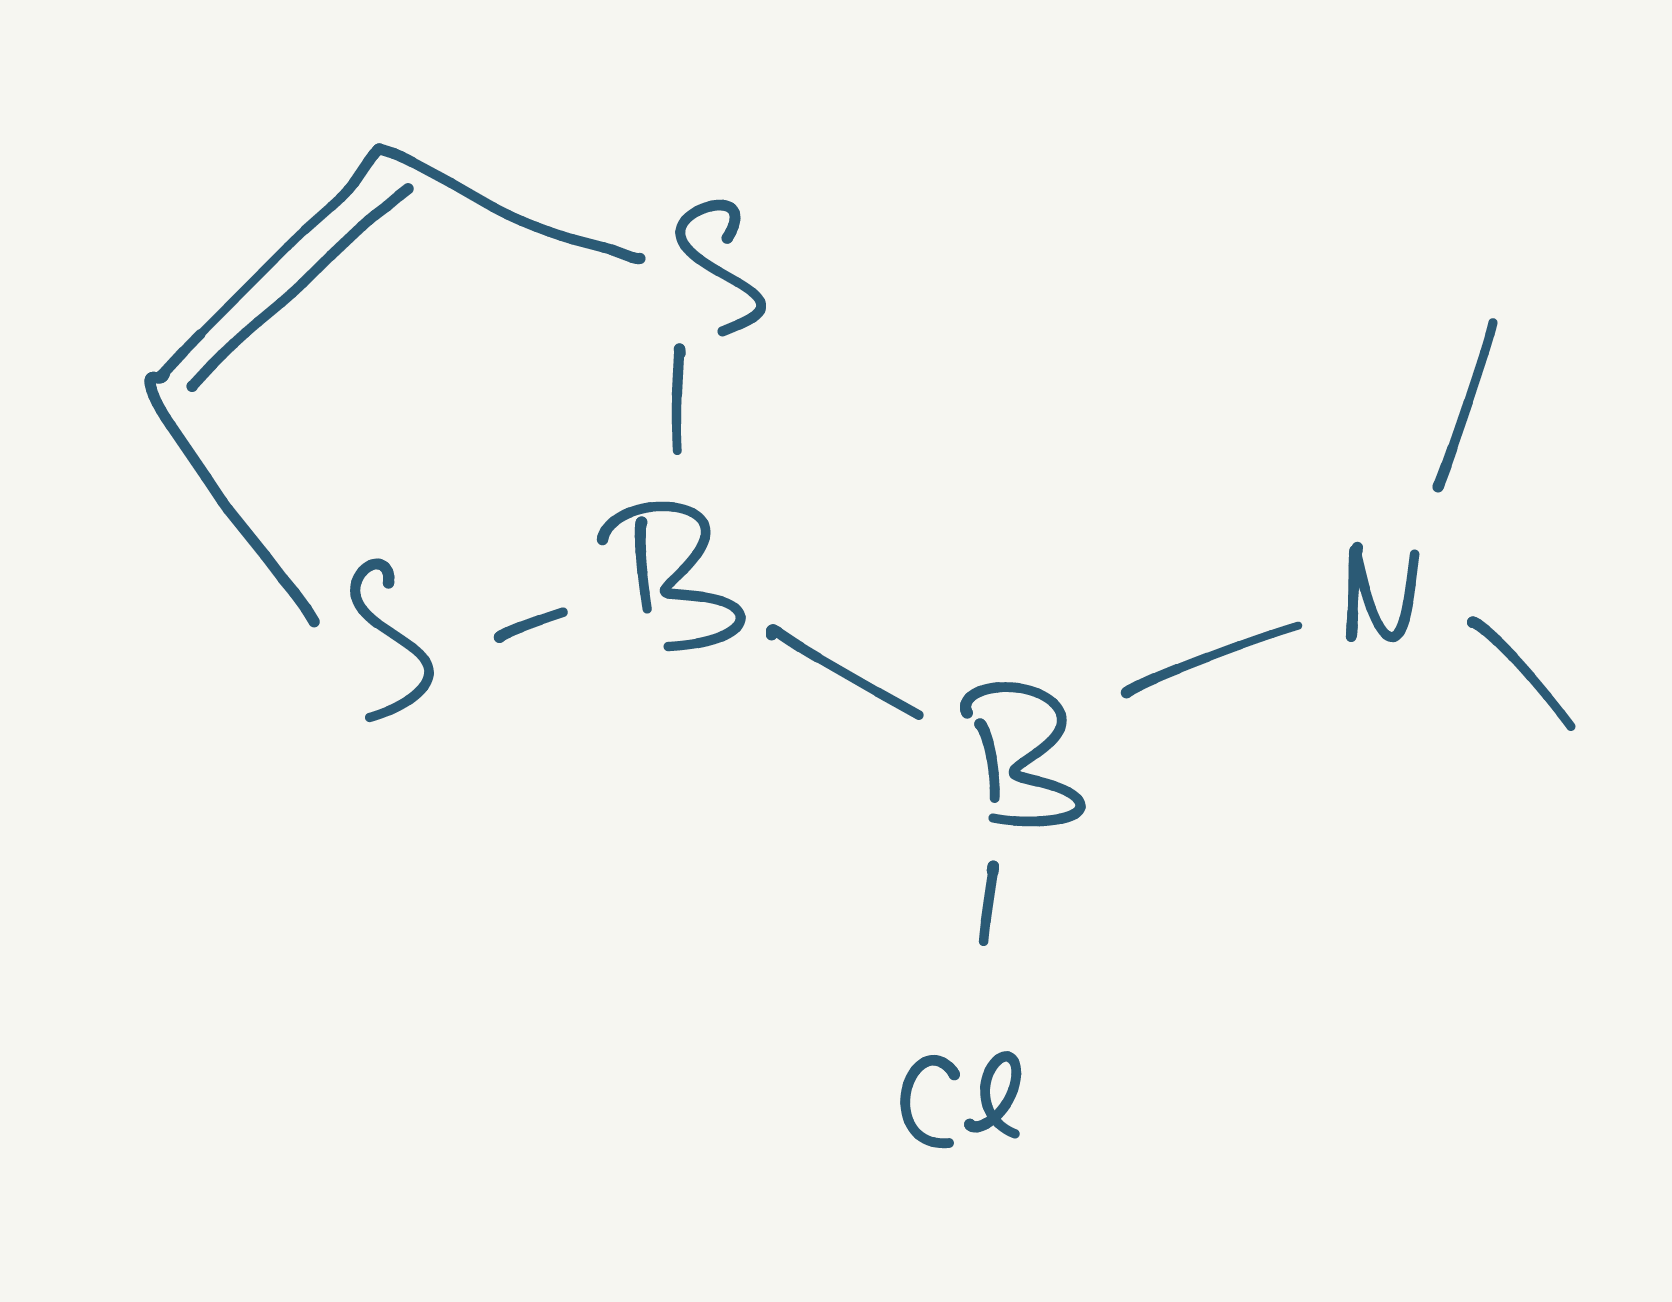
Simplified molecular-input line-entry system (SMILES) notation of the given molecule:
B1(SC=CS1)B(N(C)C)Cl